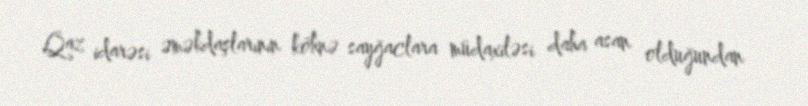
Qaz idarəsi əməkdaşlarının köhnə sayğaclara müdaxiləsi daha asan olduğundan